Annual report of the Civil Veterinary Department, Bengal, for the year 1897-98 - 1897-1898
Year: 1897
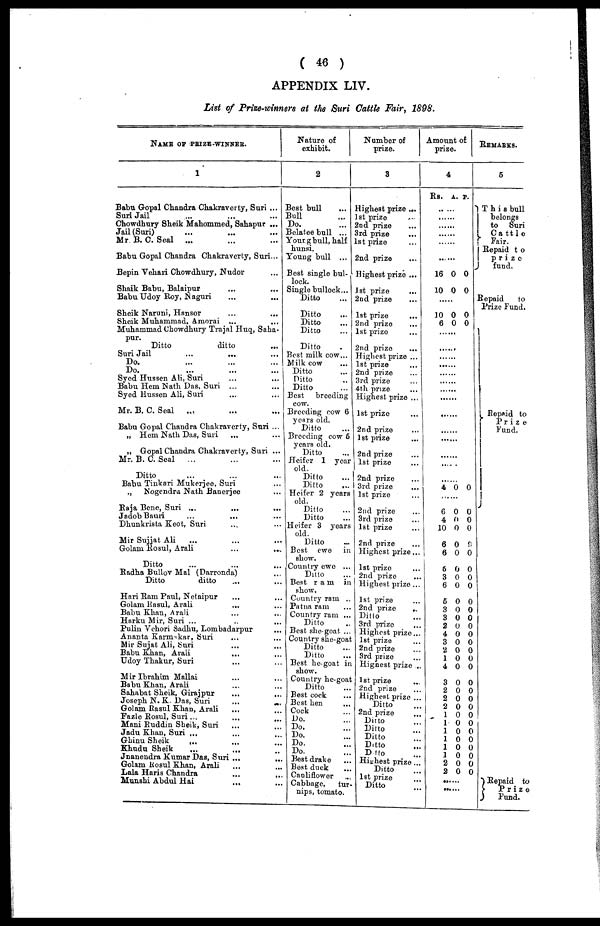
( 46 )
APPENDIX LIV.
List of Prize-winners at the Suri Cattle Fair, 1898.
NAME OF PRIZE WINNER.
1
Babu Gopal Chandra Chakraverty, Suri ...
Suri Jail ... ...
Chowdhury Sheik Mahommed, Sahapur ...
Jail (Suri) ... ... ...
Mr. B. C. Seal
... ... ...
Babu Gopal Chandra Chakraverty, Suri...
Bepin Vehari Chowdhury, Nudor ...
Shaik Babu, Balaipur ... ...
Babu Udoy Roy, Naguri ... ...
Sheik Naruni, Hansor ... ...
Sheik Muhammad, Amorai ... ...
Muhammad Chowdhury Trajal Huq, Saha-
pur.
Ditto
ditto ...
Suri Jail ... ... ...
Do. ... ... ...
Do.
...
...
...
Syed Hussen Ali, Suri ... ...
Babu Hem Nath Das, Suri ... ...
Syed Hussen Ali, Suri ... ...
Mr. B. C. Seal ... ... ... ...
Babu Gopal Chandra Chakraverty, Suri ...
„ Hem Nath Das, Suri ... ...
„ Gopal Chandra Chakraverty, Suri ...
Mr. B.C. Seal ... ... ...
Ditto ... ... ...
Babu Tinkari Mukerjee, Suri ...
„
Nogendra Nath Banerjee ...
Raja Bene, Suri ... ... ...
Jadob Bauri ... ... ...
Dhunkrista Keot, Suri ... ...
Mir Sujjat Ali ... ... ...
Golani Rosul, Arali
...
...
Ditto ... ... ...
Radha Bullov Mal (Darronda) ...
Ditto ditto ...
Hari Ram Paul, Netaipur ... ...
Golam Rasul, Arali ... ...
Babu Khan, Arali ... ...
Harku Mir, Suri ... ... ...
Pulin Vehori Sadhu, Lombadarpur ...
Ananta Karm kar, Suri ... ...
Mir Sujat Ali, Suri ... ...
Babu Khan, Arali
... ...
Udoy Thakur, Suri ... ...
Mir Ibrahim Mallai ... ...
Babu Khan, Arali ... ...
Sahnbat Sheik, Girajpur
...
...
Joseph N. K. Das, Suri
...
...
Golam Rasul Khan, Arali ... ...
Fazle Bosul, Suri ... ... ...
Mani Ruddin Sheik, Suri
...
...
Jadu Khan, Suri ... ... ...
Ghinu Sheik
... ... ...
Khudu Sheik ... ... ...
Jnanendra Kumar Das, Suri ...
...
Golam Rosul Khan, Arali ... ...
Lala Haris Chandra ... ...
Munshi Abdul Hai ... ...
Nature of
exhibit.
2
Best bull ...
Bull ...
Do. ...
Belatee bull ...
Young bull, half
hunsi.
Young bull ...
Best single bul-
lock
Single bullock...
Ditto ...
Ditto ...
Ditto ...
Ditto ...
Ditto ...
Best milk cow...
Milk cow ...
Ditto ...
Ditto ...
Ditto ...
Best breeding
cow.
Breeding cow 6
years old.
Ditto ...
Breeding cow 5
years old.
Ditto
...
Heifer 1 year
old. Ditto
Ditto ...
Heifer 2 years
old.
Ditto ...
Ditto ...
Heifer 3 years
old Ditto
...
Best ewe
in
show.
Country ewe ...
Ditto ...
Best ram in
show. Country ram ..
Patna ram ...
Country ram ...
Ditto ...
Best she-goat ...
Country she-goat
Ditto ...
Ditto ...
Best he-goat in
show.
Country he-goat
Ditto ...
Best cock ...
Best hen ...
Cock ...
Do. ...
Do. ...
Do. ...
Do. ...
Do. ...
Best drake ...
Best duck ...
Caoliflower ...
Cabbage, tur-
nips, tomato.
Number of
prize.
3
Highest prize ...
1st prize ...
2nd prize ...
3rd prize ...
1st prize ...
2nd prize ...
Highest prize ...
1st prize
...
2nd prize ...
1st prize
...
2nd prize
...
1st prize ...
2nd prize
...
Highest prize ...
1st prize ...
2nd prize ...
3rd prize ...
4th prize
...
Highest prize ...
1st prize ...
2nd prize
...
1st prize ...
2nd prize ...
1st prize
2nd prize ...
3rd prize
...
1st prize ...
2nd prize ...
3rd prize
1st prize
2nd prize ...
Highest prize...
1st prize ...
2nd prize ...
Highest prize ...
1st prize ...
2nd prize ...
Ditto ...
3rd prize ...
Highest prize ...
1st prize ...
2nd prize ...
3rd prize ...
Highest prize ...
1st prize ...
2nd prize
Highest prize ...
Ditto
2nd prize ...
Ditto ...
Ditto ...
Ditto ...
Ditto ...
Ditto ...
Highest prize ...
Ditto ...
1st prize ...
Ditto
...
Amount of
prize.
4
Rs.
.
......
......
......
......
......
16
10
......
10
6
......
......
......
......
......
......
......
......
......
......
......
......
......
......
4
......
6
4
10
6
6
6
6
3
6
6
3
3
2
4
3
2
1
4
3
2
2
1
2
1
1
1
1
1
2
..
..
A.
0
0
0
0
0
0
0
0
0
0
0
0
0
0
0
0
0
0
0
0
0
0
0
0
0
0
0
0
0
0
0
0
0
0
..
..
P.
0
0
0
0
0
0
0
0
0
0
0
0
0
0
0
0
0
0
0
0
0
0
0
0
0
0
0
0
0
0
0
0
0
0
..
..
REMARKS.
5
This bull
belongs
to
Suri
Cattle
Fair.
Repaid to
prize
fund.
Repaid
to
Prize Fund.
Repaid to
Prize
Fund.
Repaid to
Prize
Fund.